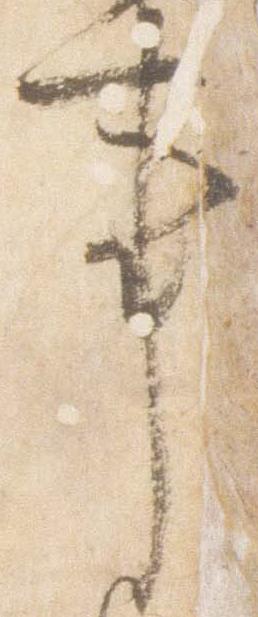
事